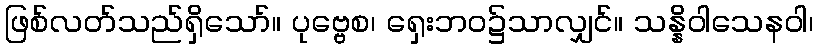
ဖြစ်လတ်သည်ရှိသော်။ ပုဗ္ဗေစ၊ ရှေးဘဝ၌သာလျှင်။ သန္နိဝါသေနဝါ၊